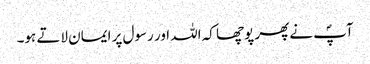
آپؐ نے پھر پوچھا کہ اللہ اور رسول پر ایمان لاتے ہو۔